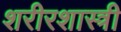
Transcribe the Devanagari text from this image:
शरीरशास्त्री